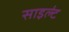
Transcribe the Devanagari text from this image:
साइल्ट॑